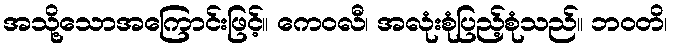
အသို့သောအကြောင်းဖြင့်။ ကေဝလီ၊ အလုံးစုံပြည့်စုံသည်။ ဘဝတိ၊